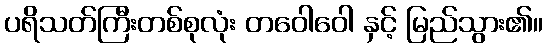
ပရိသတ်ကြီးတစ်စုလုံး တဝေါဝေါ နှင့် မြည်သွား၏။